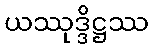
ယဿုဒ္ဒိဋ္ဌဿ